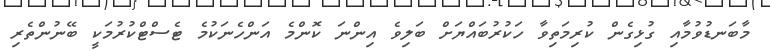
މާބަނޑުވުމާއި ގުޅިގެން ކުރިމަތިވާ ހަކުރުބައްޔަށް ބަލިވެ އިންނަ ކޮންމެ އަންހެނަކުމެ ޓެސްޓްކުރުމަކީ ބޭނުންތެރި